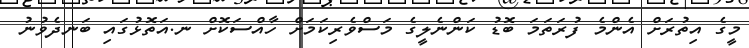
މީގެ އިތުރަށް އެންމެ ފުރަތަމަ ބޮޑު ކަންނެލީގެ މަސްވެރިކަމަށް ހާއްސަކޮށް ނ.އަތޮޅުގައި ބަނދެވުނު